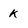
Character: K